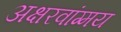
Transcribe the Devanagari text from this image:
अक्षरवांग्मय